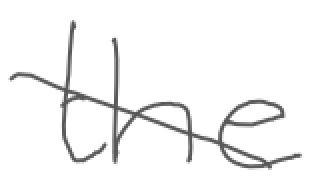
Text: the
Cross-out: diagonal
Writing tool: digital_gray